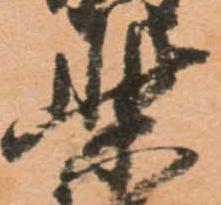
柴